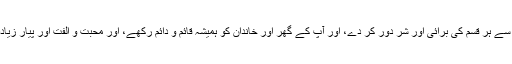
رہا مسئلہ كہ آپ دعا كريں تو آپ اللہ سبحانہ و تعالى سے دعا كريں كہ وہ اپنے فضل و كرم سے آپ سے ہر قسم كى برائى اور شر دور كر دے، اور آپ كے گھر اور خاندان كو ہميشہ قائم و دائم ركھے، اور محبت و الفت اور پيار زيادہ فرمائے، اور آپ كى اولاد اور خاوند كى حفاظت كرے شيطان كے وسوسوں سے انہيں دور ركھيں.